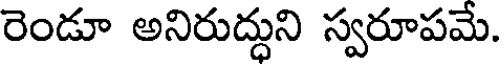
రెండూ అనిరుద్ధుని స్వరూపమే.